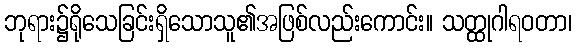
ဘုရား၌ရိုသေခြင်းရှိသောသူ၏အဖြစ်လည်းကောင်း။ သတ္ထုဂါရဝတာ၊